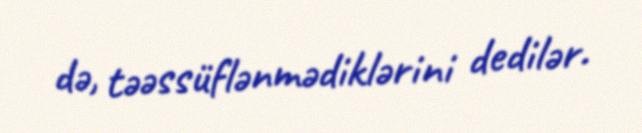
də, təəssüflənmədiklərini dedilər.